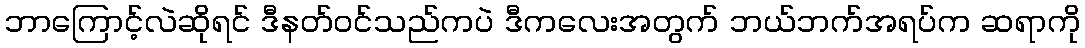
ဘာကြောင့်လဲဆိုရင် ဒီနတ်ဝင်သည်ကပဲ ဒီကလေးအတွက် ဘယ်ဘက်အရပ်က ဆရာကို